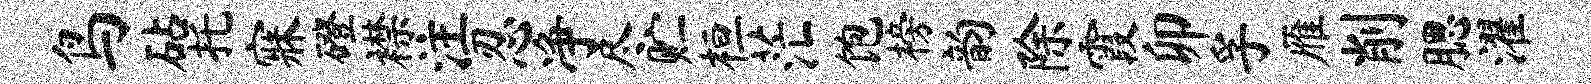
鸟砧托寐磴襟注忍净尽贮桓茫饱榜韵除霞卯孚雁削腮濯